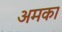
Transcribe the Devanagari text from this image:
अमका